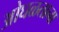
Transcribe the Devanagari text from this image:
ओघळताना